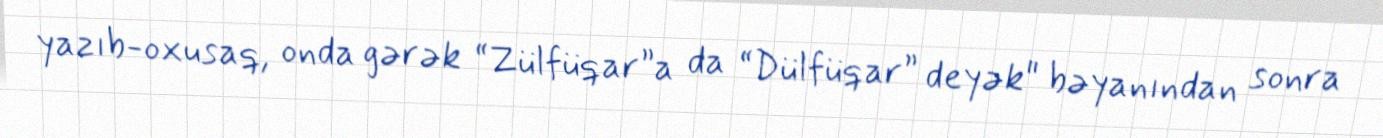
yazıb-oxusaq, onda gərək “Zülfüqar”a da “Dülfüqar” deyək" bəyanından sonra